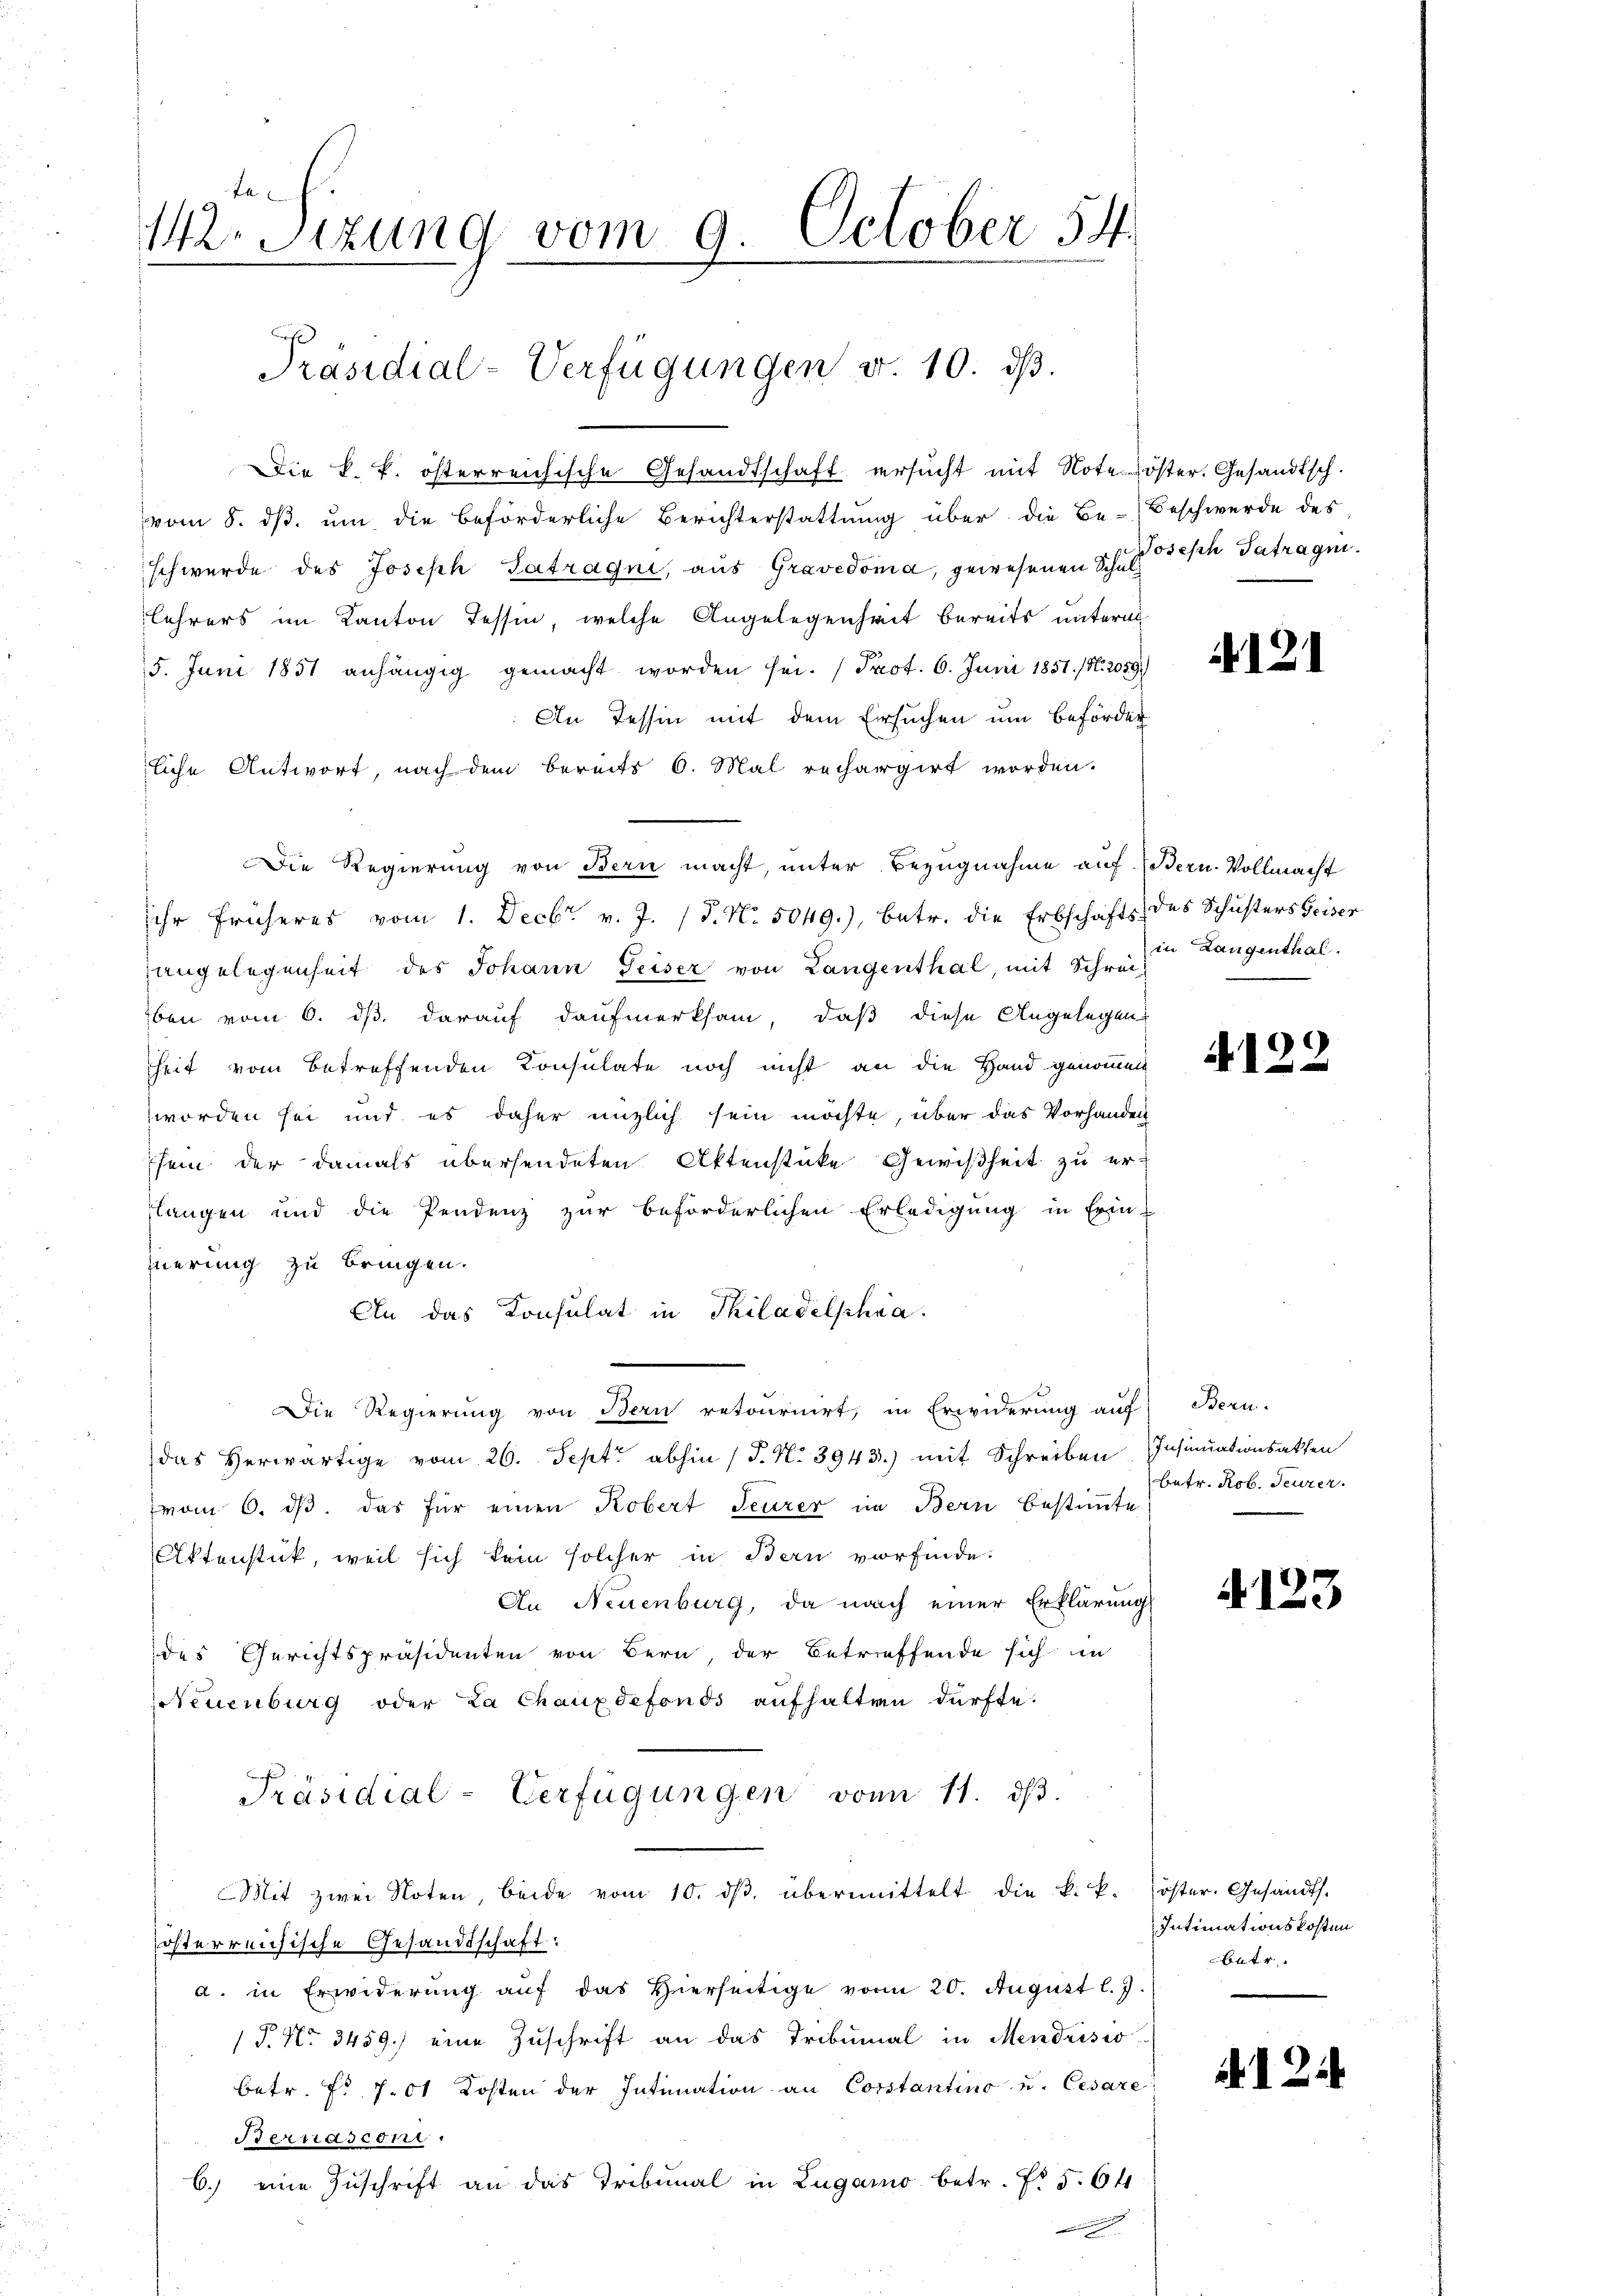
ta
W.Stzung vom 9. October 54.

Präsidial-Verfügungen v. 10. ds.

Die k. k. österreichische Gesandtschaft ersucht mit Noteröster. Gesandtsch.
vom 8. ds. um die beförderliche Berichterstattung über die Be-Beschwerde des
schwerde des Joseph Satragni, aus Gravedoma, gewesenen Schulz ösisch Tetragen.
Lehrers im Kanton Tessin, welche Angelegenheit bereits untern
5. Juni 1851 anhängig gemacht worden sei. (Prot. 6. Juni 1851. /1. 2059.)
An Tessin mit dem Ersuchen um Beförder
liche Antwort, nach dem bereits 6. Mal rechargirt worden.
Die Regierung von Bern macht, unter Bezugnahme auf. (Bern. Vollmacht
Ihr früheres vom 1. Decbr. v. J. 18. No. 5049.), betr. die Erbschafts- des Schusters Geiser
angelegenheit des Johann Geiser von Langenthal, mit Schreiz
ben vom 6. dß darauf daufmerksam, daß diese Angelegen
heit vom betreffenden Konsulate noch nicht an die Hand genommen
worden sei und es daher unzlich sein möchte, über das Vorhanden
sei der damals übersendeten Aktenstücke Gewißheit zu er-
langen und die Pendenz zur beförderlichen Erledigung in Erin-
uerung zu bringen.
An das Consulat in Philadelphia
Die Regierung von Bern retournirt, in Erwiderung auf Bern-
das Herwärtige vom 26. Sept. abhin (T. No 3943.) mit Schreiben Insinuationsatten
vom 6. ds. das für einen Kobert Feurer in Bern bestimmte
Ottenstück, weil sich kein solcher in Bern vorfinde.
In Neuenburg, da nach einer Erklärung
des Gerichtspräsidenten von Bern, der Betreffende sich in
Neuenburg oder La Chauxdefonds aufhalten dürfte.
Präsidial-Verfügungen von 11. ds.
Mit zwei Noten, beide vom 10. dβ übermittelt die k. k. öster. Gesandts.
österreichische Gesandtschaft:
a. in Erwederung auf das Hierseitige vom 20. August l. J.
P. No 3459.) eine Zuschrift an das Tribunal in Mendrisio
betr. Fr. 701 Kosten der Intimation an Corstantino u. Cesare
Bernasconi
6.) eine Zuschrift an das Tribunal in Lugano betr. Fr. 5. 64
e

121

in Langenthal.

4122

betr. Rob. Feurer.

4123

Intimationskosten
butr

d. 2.